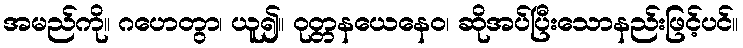
အမည်ကို။ ဂဟေတွာ၊ ယူ၍။ ဝုတ္တနယေနေဝ၊ ဆိုအပ်ပြီးသောနည်းဖြင့်ပင်။